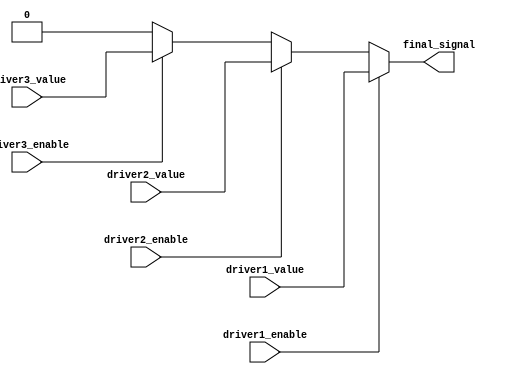
module multiple_drivers (
    input wire driver1_enable,
    input wire driver2_enable,
    input wire driver3_enable,
    input wire driver1_value,  // Driver 1 value
    input wire driver2_value,  // Driver 2 value
    input wire driver3_value,  // Driver 3 value
    output wire final_signal    // The final signal driven by the multiple drivers
);

// Declare the signal as a wire
wire final_signal;

// Resolution logic using priority encoding
assign final_signal = (driver1_enable) ? driver1_value : // Driver 1 has the highest priority
                      (driver2_enable ? driver2_value : // Driver 2 has the next priority
                      (driver3_enable ? driver3_value : // Driver 3 has the lowest priority
                      1'b0)); // Default value if no driver is enabled

endmodule